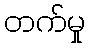
တက်မှု